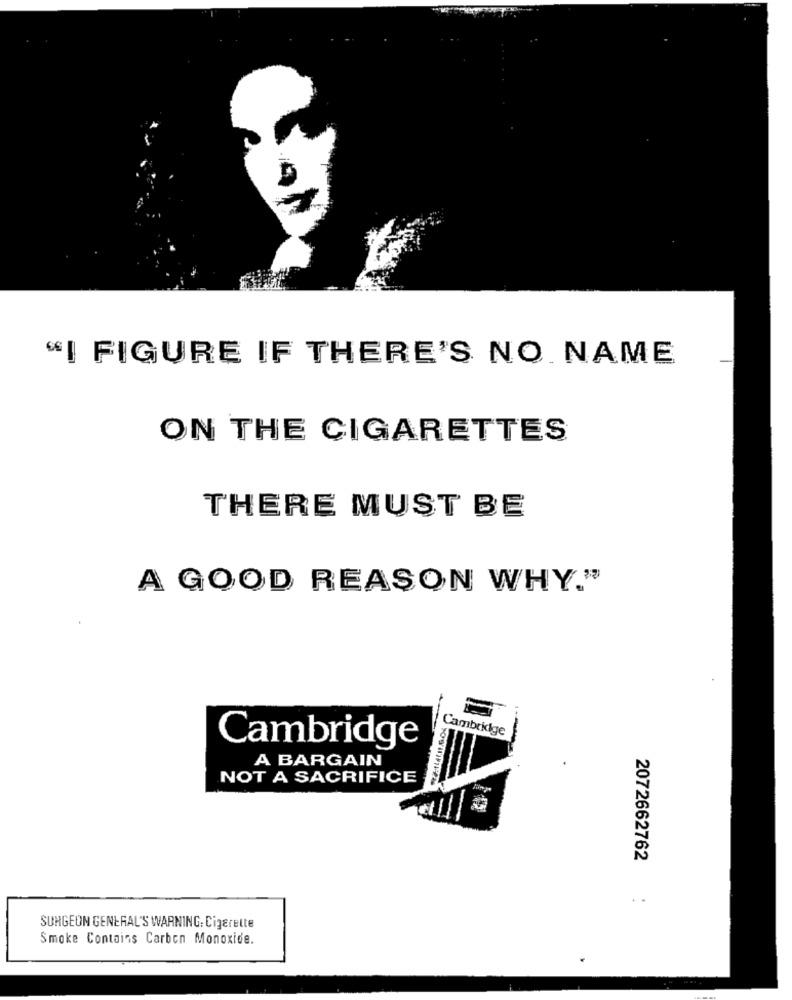
"I FIGURE IF THERE'S NO NAME
ON THE CIGARETTES
THERE MUST BE
A GOOD REASON WHY."
Cambridge
-
Cambridge
A BARGAIN
NOT A SACRIFICE
2072662762
..
SURGEON GENERAL'S WARNING: Cigarette
Smoke Contains Carbon Monoxide.